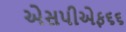
એસપીએફ૬૬